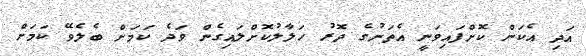
އަދި އެކަން ކޮށްފައިވަނީ އެތަނުގެ ދޮރު ހަލާލުކޮށްލައިގެން ވަދެ ކަމަށް ބެލެވޭ ކަމަށް